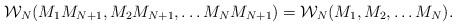
LaTeX: \begin{align*}{\cal W}_{N}(M_1 M_{N+1}, M_2 M_{N+1}, \dots M_{N} M_{N+1})={\cal W}_{N}(M_1, M_2, \dots M_N).\end{align*}